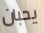
يحبان